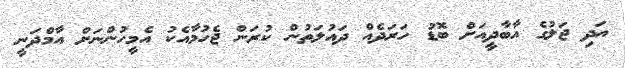
އަދި ޖަލުގެ އާބާދީއަށް ބޮޑު ހަރަދެއް ދައުލަތުން ކުރަން ޖެހުމާއެކު އެމީހުންނަށް އާމްދަނީ